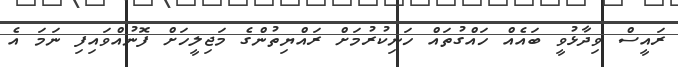
ރައީސް ވިދާޅުވީ ބައެއް ހައްގުތައް ހަނިކުރުމަށް ރައްޔިތުންގެ މަޖިލީހަށް ފޮނުއްވައިފި ނަމަ އެ